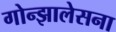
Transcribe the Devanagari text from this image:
गोन्झालेसना